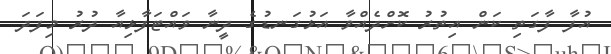
އުފާ ފާގަތި ކަން އިތުރު ކޮށްދެއްވާ އަޅުގަނޑުގެ ދީނާ ވައްޓަފާޅިއާ ދުރު މިފަދަ